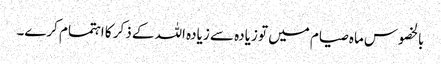
بالخصوس ماہ صیام میں تو زیادہ سے زیادہ اللہ کے ذکر کا اہتمام کرے۔